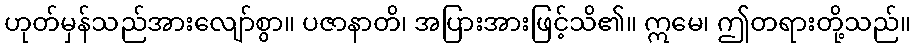
ဟုတ်မှန်သည်အားလျော်စွာ။ ပဇာနာတိ၊ အပြားအားဖြင့်သိ၏။ ဣမေ၊ ဤတရားတို့သည်။